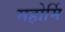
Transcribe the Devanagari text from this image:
महोर्मि